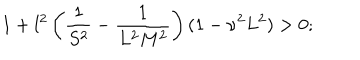
1 + l ^ { 2 } \left( \frac { 1 } { S ^ { 2 } } - \frac { 1 } { L ^ { 2 } M ^ { 2 } } \right) ( 1 - \nu ^ { 2 } L ^ { 2 } ) > 0 ;